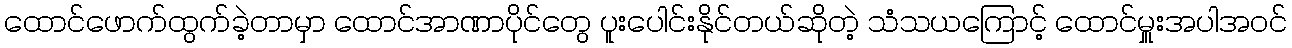
ထောင်ဖောက်ထွက်ခဲ့တာမှာ ထောင်အာဏာပိုင်တွေ ပူးပေါင်းနိုင်တယ်ဆိုတဲ့ သံသယကြောင့် ထောင်မှူးအပါအဝင်